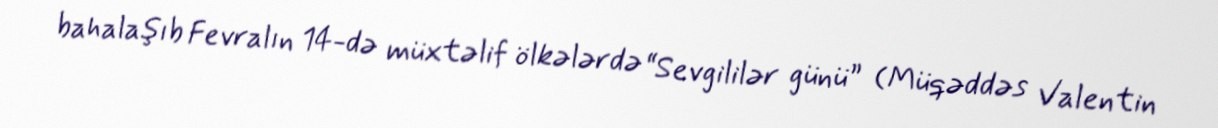
bahalaşıb Fevralın 14-də müxtəlif ölkələrdə “Sevgililər günü” (Müqəddəs Valentin